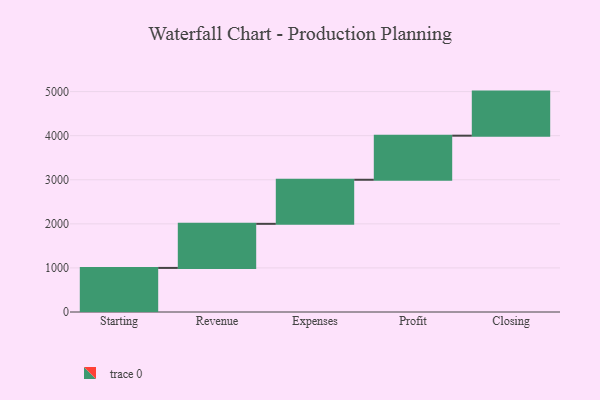
{"axis": {"x": "Step", "y": "Value"}, "legend": [""], "data": [{"x": "Starting", "y": 1000, "type": ""}, {"x": "Revenue", "y": 1000, "type": ""}, {"x": "Expenses", "y": 1000, "type": ""}, {"x": "Profit", "y": 1000, "type": ""}, {"x": "Closing", "y": 1000, "type": ""}]}